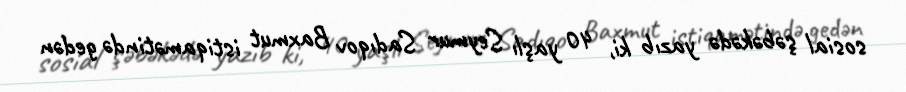
sosial şəbəkədə yazıb ki, 40 yaşlı Seymur Sadıqov Baxmut istiqamətində gedən